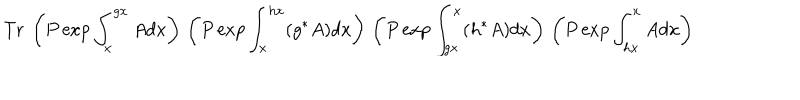
\mathrm { T r ~ } \left( P \exp \int _ { x } ^ { g x } A d x \right) \, \left( P \exp \int _ { x } ^ { h x } ( g ^ { * } A ) d x \right) \, \left( P \exp \int _ { g x } ^ { x } ( h ^ { * } A ) d x \right) \, \left( P \exp \int _ { h x } ^ { x } A d x \right)